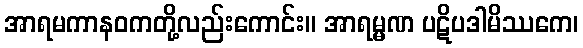
အာရမကာနဝကတို့လည်းကောင်း။ အာရမ္မဏ ပဋိပဒါမိဿကေ၊